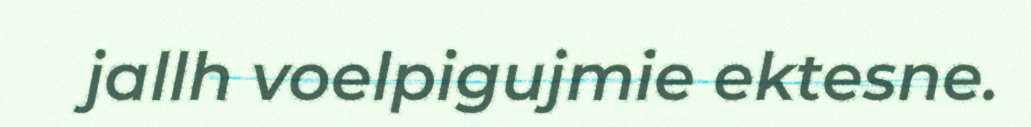
jallh voelpigujmie ektesne.